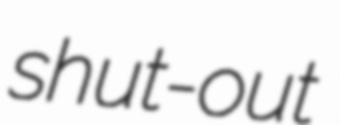
shut-out